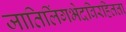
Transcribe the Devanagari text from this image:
जातिलिंगभेदविरहितता